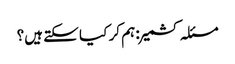
مسئلہ کشمیر : ہم کر کیا سکتے ہیں؟